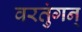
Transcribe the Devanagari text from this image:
वरतुंगन्